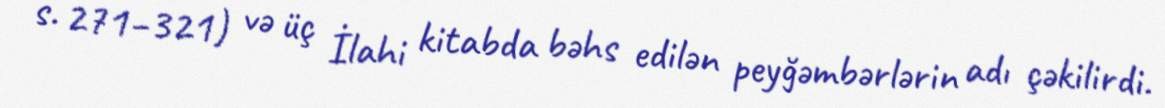
s. 271–321) və üç İlahi kitabda bəhs edilən peyğəmbərlərin adı çəkilirdi.